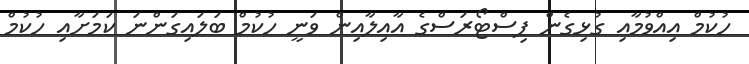
ހުކުމް އިއްވުމާއި ގުޅިގެން ޕިސްޓޯރަސްގެ އާއިލާއިން ވަނީ ހުކުމް ބަލައިގަންނަ ކަމަށާއި ހުކުމް